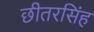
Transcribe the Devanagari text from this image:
छीतरसिंह